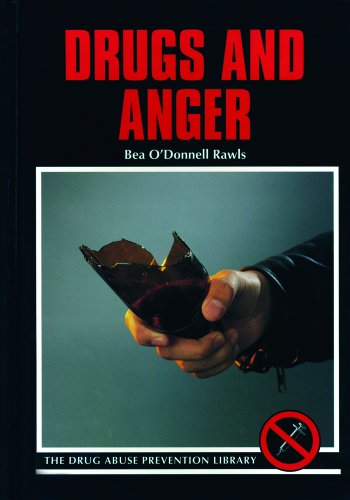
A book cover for Drugs and Anger (Drug Abuse Prevention Library); Bea O'Donnell Rawls; Teen & Young Adult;